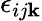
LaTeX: \epsilon_{ij\mathbf{k}}